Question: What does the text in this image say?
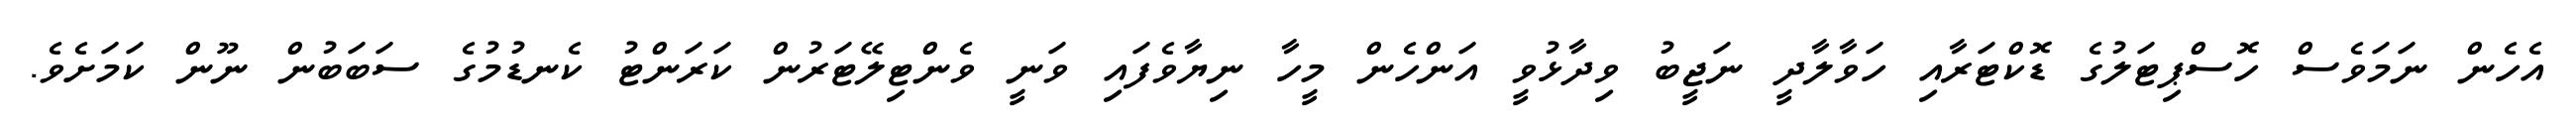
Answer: އެހެން ނަމަވެސް ހޮސްޕިޓަލުގެ ޑޮކްޓަރާއި ހަވާލާދީ ނަޖީބު ވިދާޅުވީ އަންހެން މީހާ ނިޔާވެފައި ވަނީ ވެންޓިލޭޓަރުން ކަރަންޓު ކެނޑުމުގެ ސަބަބުން ނޫން ކަމަށެވެ.